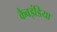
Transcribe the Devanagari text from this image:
कैबइंडिया